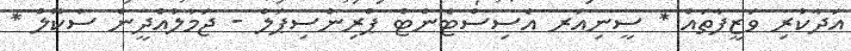
އަދާކުރި ވަޒީފާތައް * ސީނިއަރ އެސިސްޓެންޓް ޕްރިންސިޕަލް - ޖަމާލުއްދީން ސުކޫލް *